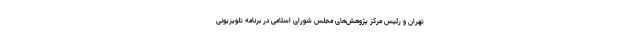
تهران و رئیس مرکز پژوهش‌های مجلس شورای اسلامی در برنامه تلویزیونی